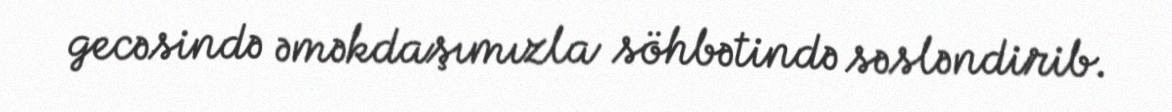
gecəsində əməkdaşımızla söhbətində səsləndirib.